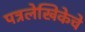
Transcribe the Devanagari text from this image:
पत्रलेखिकेचे